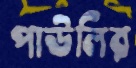
পাউলির